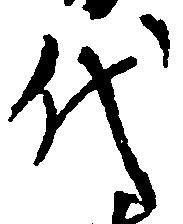
代